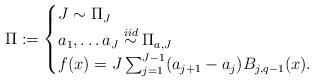
LaTeX: \begin{align*}\Pi := \begin{cases}J \sim \Pi_J \\a_1, \dots a_J \overset{iid}{\sim} \Pi_{a,J} \\f(x) = {J} \sum_{j=1}^{J-1} (a_{j+1} - a_j) B_{j,q-1}(x). \end{cases}\end{align*}